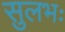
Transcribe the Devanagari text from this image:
सुलभः